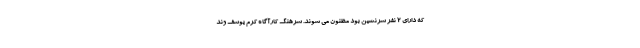
که دارای ۲ نفر سرنشین بود مظنون می شوند. سرهنگ کارآگاه کرم یوسف وند